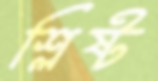
শ্লিষ্ট